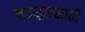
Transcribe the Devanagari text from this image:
महसूलसाठी